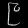
Digit: ၉